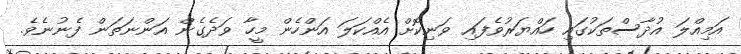
އަމިއްލަ އުދާސްތަކުގައި ހައްޔަރުވެފައި ވަނިކޮށް އެއްކަލަ އަންހެން މީހާ ވަދެގެން އަންނަތަން ފެނުނެވެ.